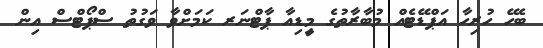
ބެހޭ ހުރިހާ އަޕްޑޭޓެއް މުބާރާތުގެ މިީޑިއާ ޕާޓްނަރ ކަމަށްވާ ވަގުތު ސްޕޯޓްސް އިން